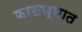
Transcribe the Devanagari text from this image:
फासण्यात